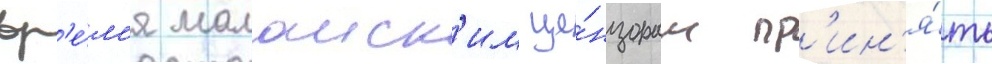
вр'е́м'я малаиск'им це́нзорам пр'ин'я́ть